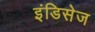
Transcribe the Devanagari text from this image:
इंडिसेज